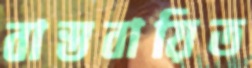
বাস্তবায়িত